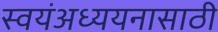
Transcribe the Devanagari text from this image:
स्वयंअध्ययनासाठी